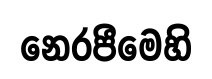
නෙරපීමෙහි